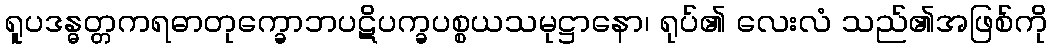
ရူပဒန္ဓတ္တကရဓာတုက္ခောဘပဋိပက္ခပစ္စယသမုဋ္ဌာနော၊ ရုပ်၏ လေးလံ သည်၏အဖြစ်ကို